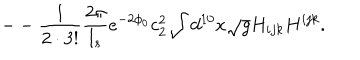
- - \frac { 1 } { 2 \cdot 3 ! } \frac { 2 \pi } { l _ { s } } e ^ { - 2 \phi _ { 0 } } c _ { 2 } ^ { 2 } \int d ^ { 1 0 } x \sqrt { g } H _ { i j k } H ^ { i j k } .